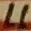
Text: 11